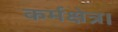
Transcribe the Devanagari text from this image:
कर्मक्षेत्र।